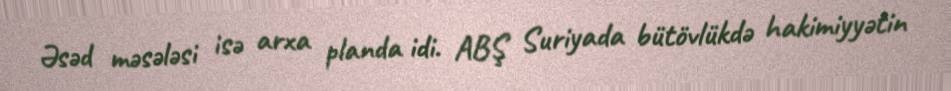
Əsəd məsələsi isə arxa planda idi. ABŞ Suriyada bütövlükdə hakimiyyətin